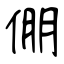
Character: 倗